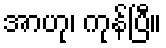
အာဟု၊ ကုန်ပြီ။